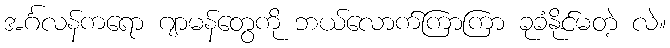
အင်္ဂလန်ကရော ဂျာမန်တွေကို ဘယ်လောက်ကြာကြာ ခုခံနိုင်မတဲ့ လဲ။